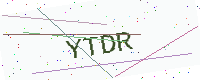
Text: YTDR